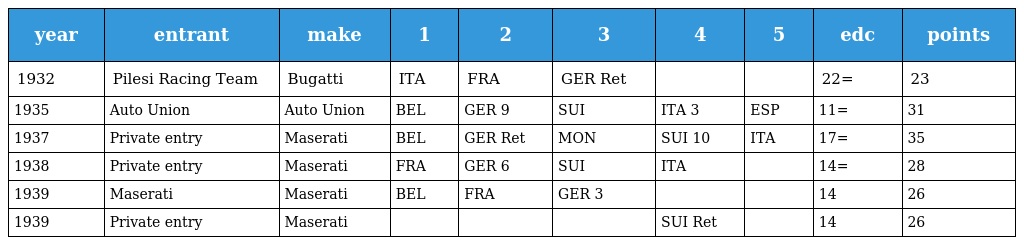
| year | entrant | make | 1 | 2 | 3 | 4 | 5 | edc | points |
 | --- | --- | --- | --- | --- | --- | --- | --- | --- | --- |
 | 1932 | Pilesi Racing Team | Bugatti | ITA | FRA | GER Ret |  |  | 22= | 23 |
 | 1935 | Auto Union | Auto Union | BEL | GER 9 | SUI | ITA 3 | ESP | 11= | 31 |
 | 1937 | Private entry | Maserati | BEL | GER Ret | MON | SUI 10 | ITA | 17= | 35 |
 | 1938 | Private entry | Maserati | FRA | GER 6 | SUI | ITA |  | 14= | 28 |
 | 1939 | Maserati | Maserati | BEL | FRA | GER 3 |  |  | 14 | 26 |
 | 1939 | Private entry | Maserati |  |  |  | SUI Ret |  | 14 | 26 |